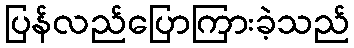
ပြန်လည်ပြောကြားခဲ့သည်